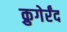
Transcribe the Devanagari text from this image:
क्रुगेर्रंद